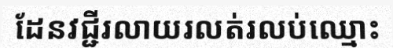
ដែនវជ្ជីរលាយរលត់រលប់ឈ្មោះ